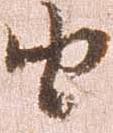
由